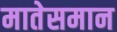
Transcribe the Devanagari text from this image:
मातेसमान